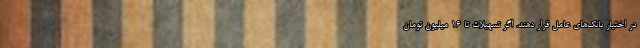
در اختیار بانک‌های عامل قرار دهند. اگر تسهیلات تا ۱۶ میلیون تومان